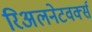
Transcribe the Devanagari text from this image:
रिअलनेटवर्क्स